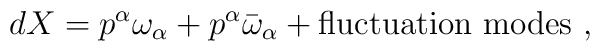
dX = p^\alpha \omega_\alpha + p^{\alpha} \bar{\omega}_\alpha + {\rm fluctuation ~ modes} ~ ,